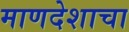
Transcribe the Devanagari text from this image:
माणदेशाचा